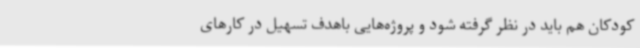
کودکان هم باید در نظر گرفته شود و پروژه‌هایی باهدف تسهیل در کارهای